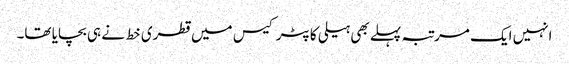
انہیں ایک مرتبہ پہلے بھی ہیلی کاپٹر کیس میں قطری خط نے ہی بچایا تھا۔